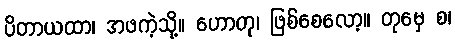
ပိတာယထာ၊ အဖကဲ့သို့။ ဟောတု၊ ဖြစ်စေလော့။ တုမှေ စ၊